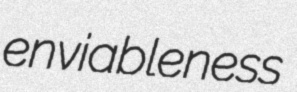
enviableness